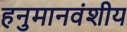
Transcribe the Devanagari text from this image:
हनुमानवंशीय